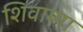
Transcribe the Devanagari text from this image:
शिवाग्मा